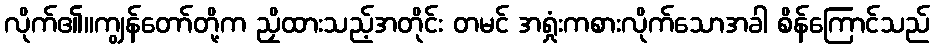
လိုက်၏။ကျွန်တော်တို့က ညှိထားသည့်အတိုင်း တမင် အရှုံးကစားလိုက်သောအခါ စိန်ကြောင်သည်